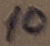
Text: 10